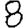
Digit: 8